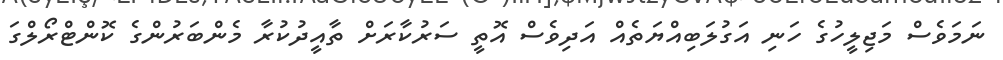
ނަމަވެސް މަޖިލީހުގެ ހަނި އަގުލަބިއްޔަތެއް އަދިވެސް އޮތީ ސަރުކާރަށް ތާއީދުކުރާ މެންބަރުންގެ ކޮންޓްރޯލްގަ